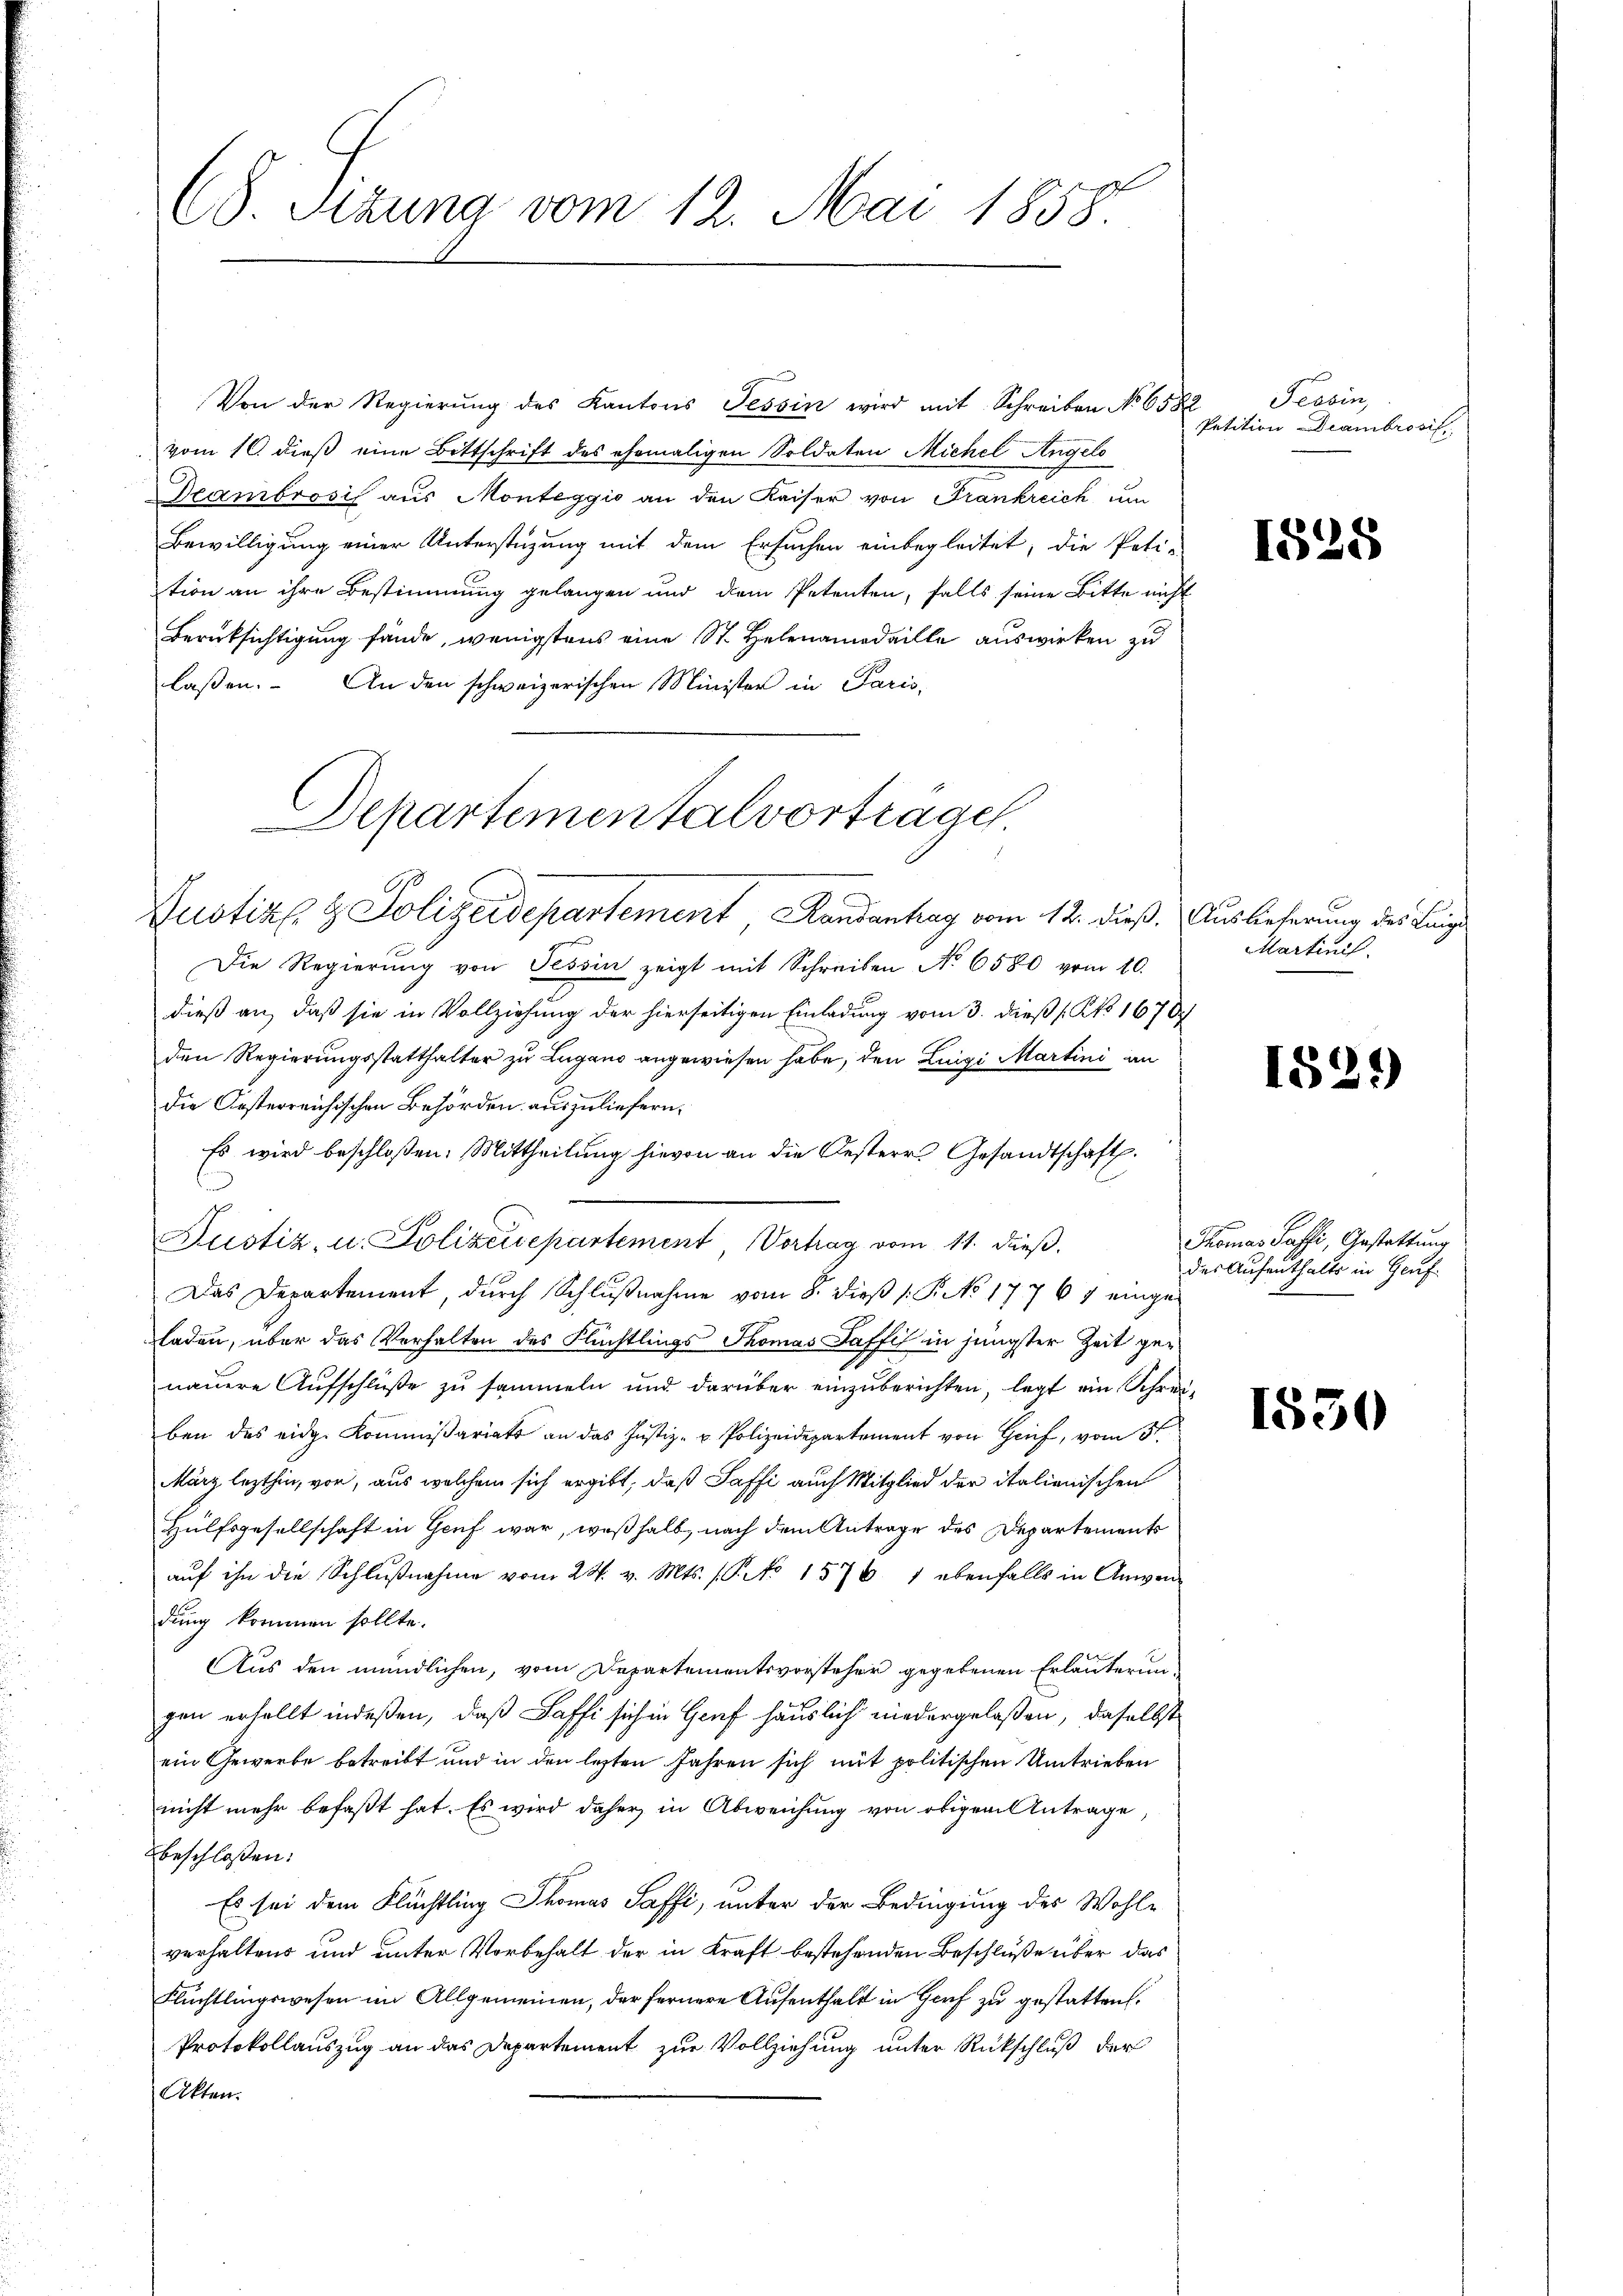
(8. Sizung vom 12. Mai 1858.

Von der Regierung des Kantons Tessin wird mit Schreiben No 6582
vom 10. dieß eine Bittschrift des ehemaligen Soldaten Michel Angelo
eambrosis aus Monteggio an den Kaiser von Trankreich um
Bewilligung einer Unterstüzung mit dem Ersuchen einbegleitet, die Peti-
tion an ihre Bestimmung gelangen und dem Petenten, falls seine Bitte nicht
Berüksichtigung fände, wenigstens eine St. Helenamedaille auswirken zu
laßen. An den schweizerischen Minister in Paris,

Departementalvortrage

Zustiz & Polizeidepartement Handenhag vom 12. dieß,
Die Regierŭng von Tessin zeigt mit Schreiben No 6580 vom 10.
dieß an, daß sie in Vollziehung der hierseitigen Einladung vom 3. dieß (Ko 16707
den Regierungsstatthalter zu Lugano angewiesen habe, den Luigi Martini an
die Kosterreichischen Behörden auszuliefern.
Es wird beschloßen: Mittheilung hievon an die Oesterr. Gesandtschaft.
Justiz, u. Polizeidepartement Vortrag vom 11. dieß.
Das Departement, durch Schlußnahme vom 8. dieß (: P. No 17767 einge
laden, über das Verhalten des Flüchtlings Thomas Saffis in jüngster Zeit genauere Aufschluße zu sammeln und darüber einzuberichten, legt ein Schreiben des eidg. Kommißariats an das Justiz- u. Polizeidepartement von Genf, vom 5te
März lezthin, vor, aus welchem sich ergibt, daß Saffi auch Mitglied der italienischen
Hülfsgesellschaft in Genf war, weßhalb nach dem Antrage des Departements
aŭf ihn die Schlŭβnahme vom 24. v. Mts. (T. No 1576. 1 ebenfalls in Anwen-
dung kommen sollte.
Aus den mündlichen, vom Departementsvorsteher gegebenen Erläuterungen erfällt indeßen, daß Saffi sich in Genf häuslich niedergelaßen, daselbst
ein Gewerbe betreibt und in den lezten Jahren sich mit politischen Umtrieben
nicht mehr befaßt hat. Es wird daher in Abweichung von obigem Antrage
beschloßen:
Es sei dem Flüchtling Thomas Saffi, unter der Bedingung des Wohl-
verhaltens und unter Vorbehalt der in Kraft bestehenden Beschluße über das
Flüchtlingswesen im Allgemeinen, der fernere Aufenthalt in Genf zu gestatten.
Protokollauszug an das Departement zur Vollziehung unter Rückschluß der
Atten.

Tessin,
Petition Diambrosif

1828

Auslieferung des Lunge
Martinis

182.

Thomas Passi, Gestattung
des Aufenthalts in Genf

1530

)